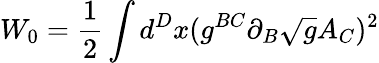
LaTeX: W_{0}=\frac{1}{2}\int d^{D}x(g^{BC}\partial_{B}\sqrt{g}A_{C})^{2}